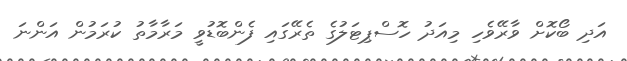
އަދި ބޯކޮށް ވާރޭވެހި މިއަދު ހޮސްޕިޓަލުގެ ތެރޭގައި ފެންބޮޑުވީ މަރާމާތު ކުރަމުން އަންނަ